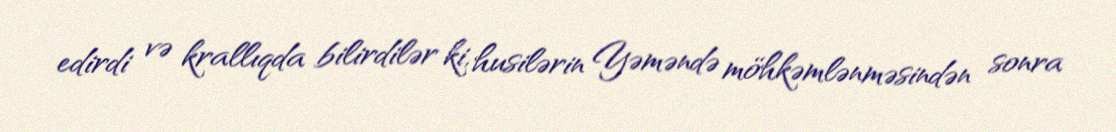
edirdi və krallıqda bilirdilər ki, husilərin Yəməndə möhkəmlənməsindən sonra